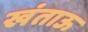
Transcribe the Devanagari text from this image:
खंताऊ